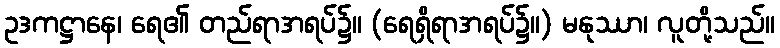
ဥဒကဋ္ဌာနေ၊ ရေ၏ တည်ရာအရပ်၌။ (ရေရှိရာအရပ်၌။) မနုဿာ၊ လူတို့သည်။